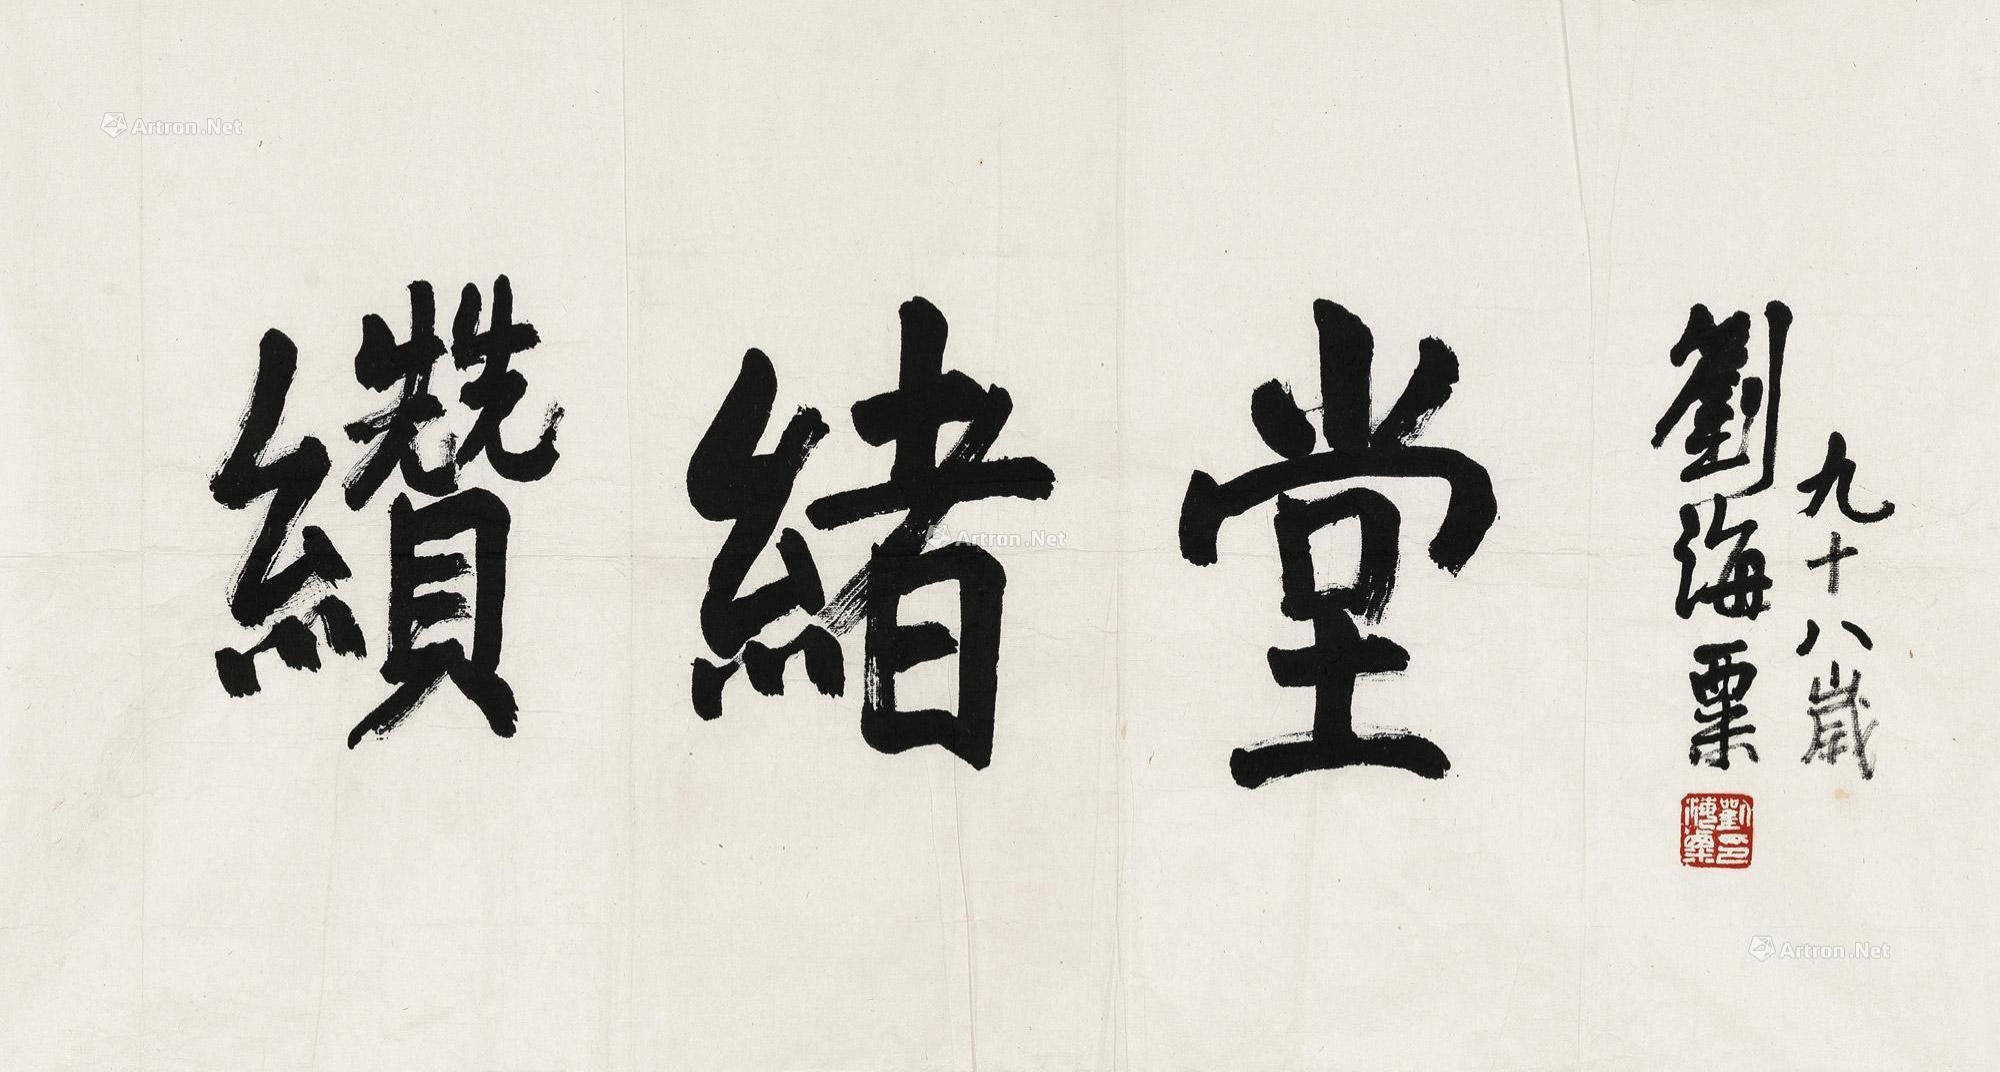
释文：缵绪堂。刘海粟九十八岁。